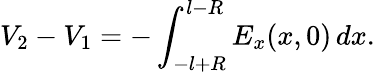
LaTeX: V_{2}-V_{1}=-\int_{-l+R}^{l-R}E_{x}(x,0)\, dx.